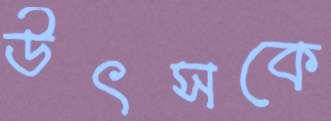
উৎসকে